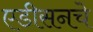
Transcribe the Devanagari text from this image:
एडीसनचे